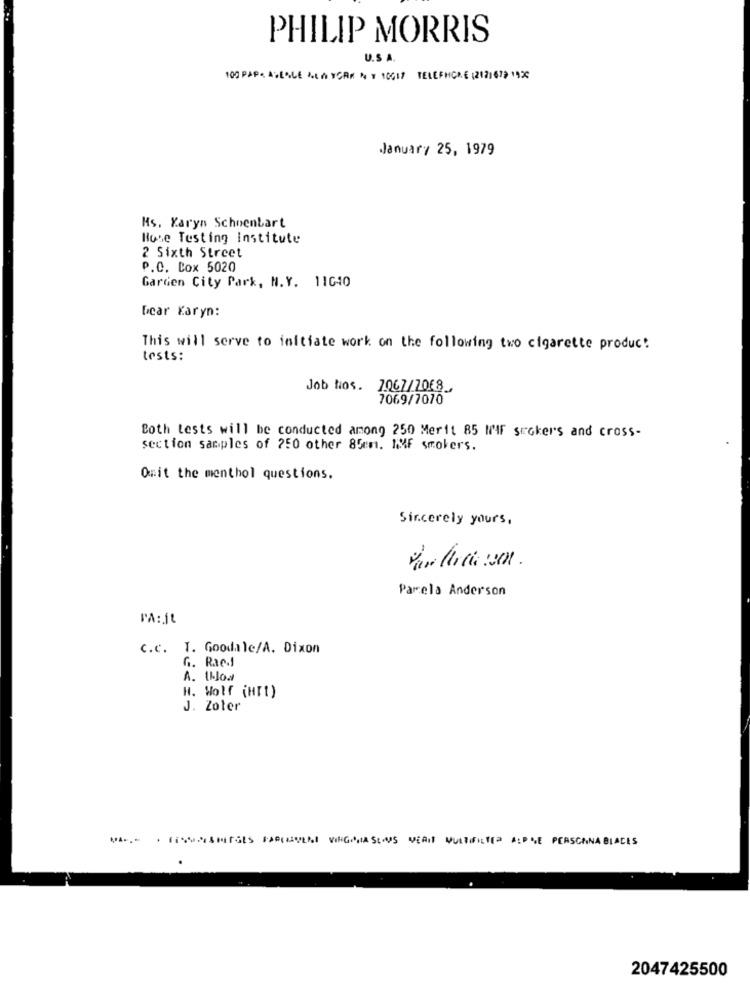
PHILIP MORRIS
U.S. A.
100 PAP. AVECLE ALAYCAR NY 10617 TELEPHONE (212167) 1920
January 25, 1979
Ms. Karyn Schoentart
Hose Testing institute
2 Sixth Street
P.C. Cox 5020
Garden City Park, N.Y. 11040
Dear Karyn:
This will serve to initiate work on the following two cigarette produc!
tests:
Job Nos. 7067/7068
7069/7070
Both tests will be conducted among 250 Merit 85 W'IF suckers and cross-
section samples of 250 other 85mm. IF smokers.
Omit the menthol questions.
Sincerely yours,
Pamela Anderson
PA:jt
C.c. T. Goodale/A. Dixon
G. Rac .!
A. thoa
H. Wolf (HTT)
J. Zoter
2047425500